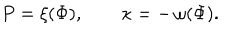
LaTeX: P = \xi ( \Phi ) , \qquad \kappa = - \, \omega ( \Phi ) .